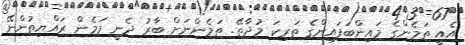
އެއީ ތަމެންގެ މައިންބަފައިންގެ ތަރިކަ މުދާތޭ. ތަމެންނަށް ބާރު ދެނީ މަމެން ރައްޔިތުންނޭ